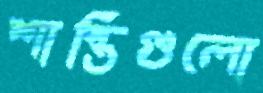
শান্তিগুলো